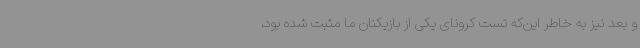
و بعد نیز به خاطر این‌که تست کرونای یکی از بازیکنان ما مثبت شده بود،